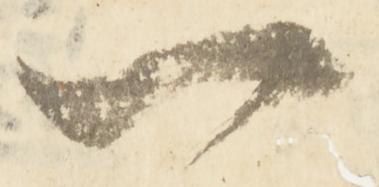
一